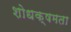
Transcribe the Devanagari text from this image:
शोधक्षमता